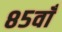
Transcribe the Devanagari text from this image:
८५वाँ